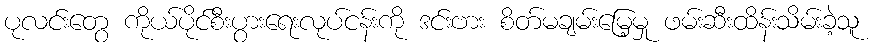
ပုလင်းတွေ ကိုယ်ပိုင်စီးပွားရေးလုပ်ငန်းကို ဒင်းဗား စိတ်မချမ်းမြေ့မှု ဖမ်းဆီးထိန်းသိမ်းခဲ့သူ